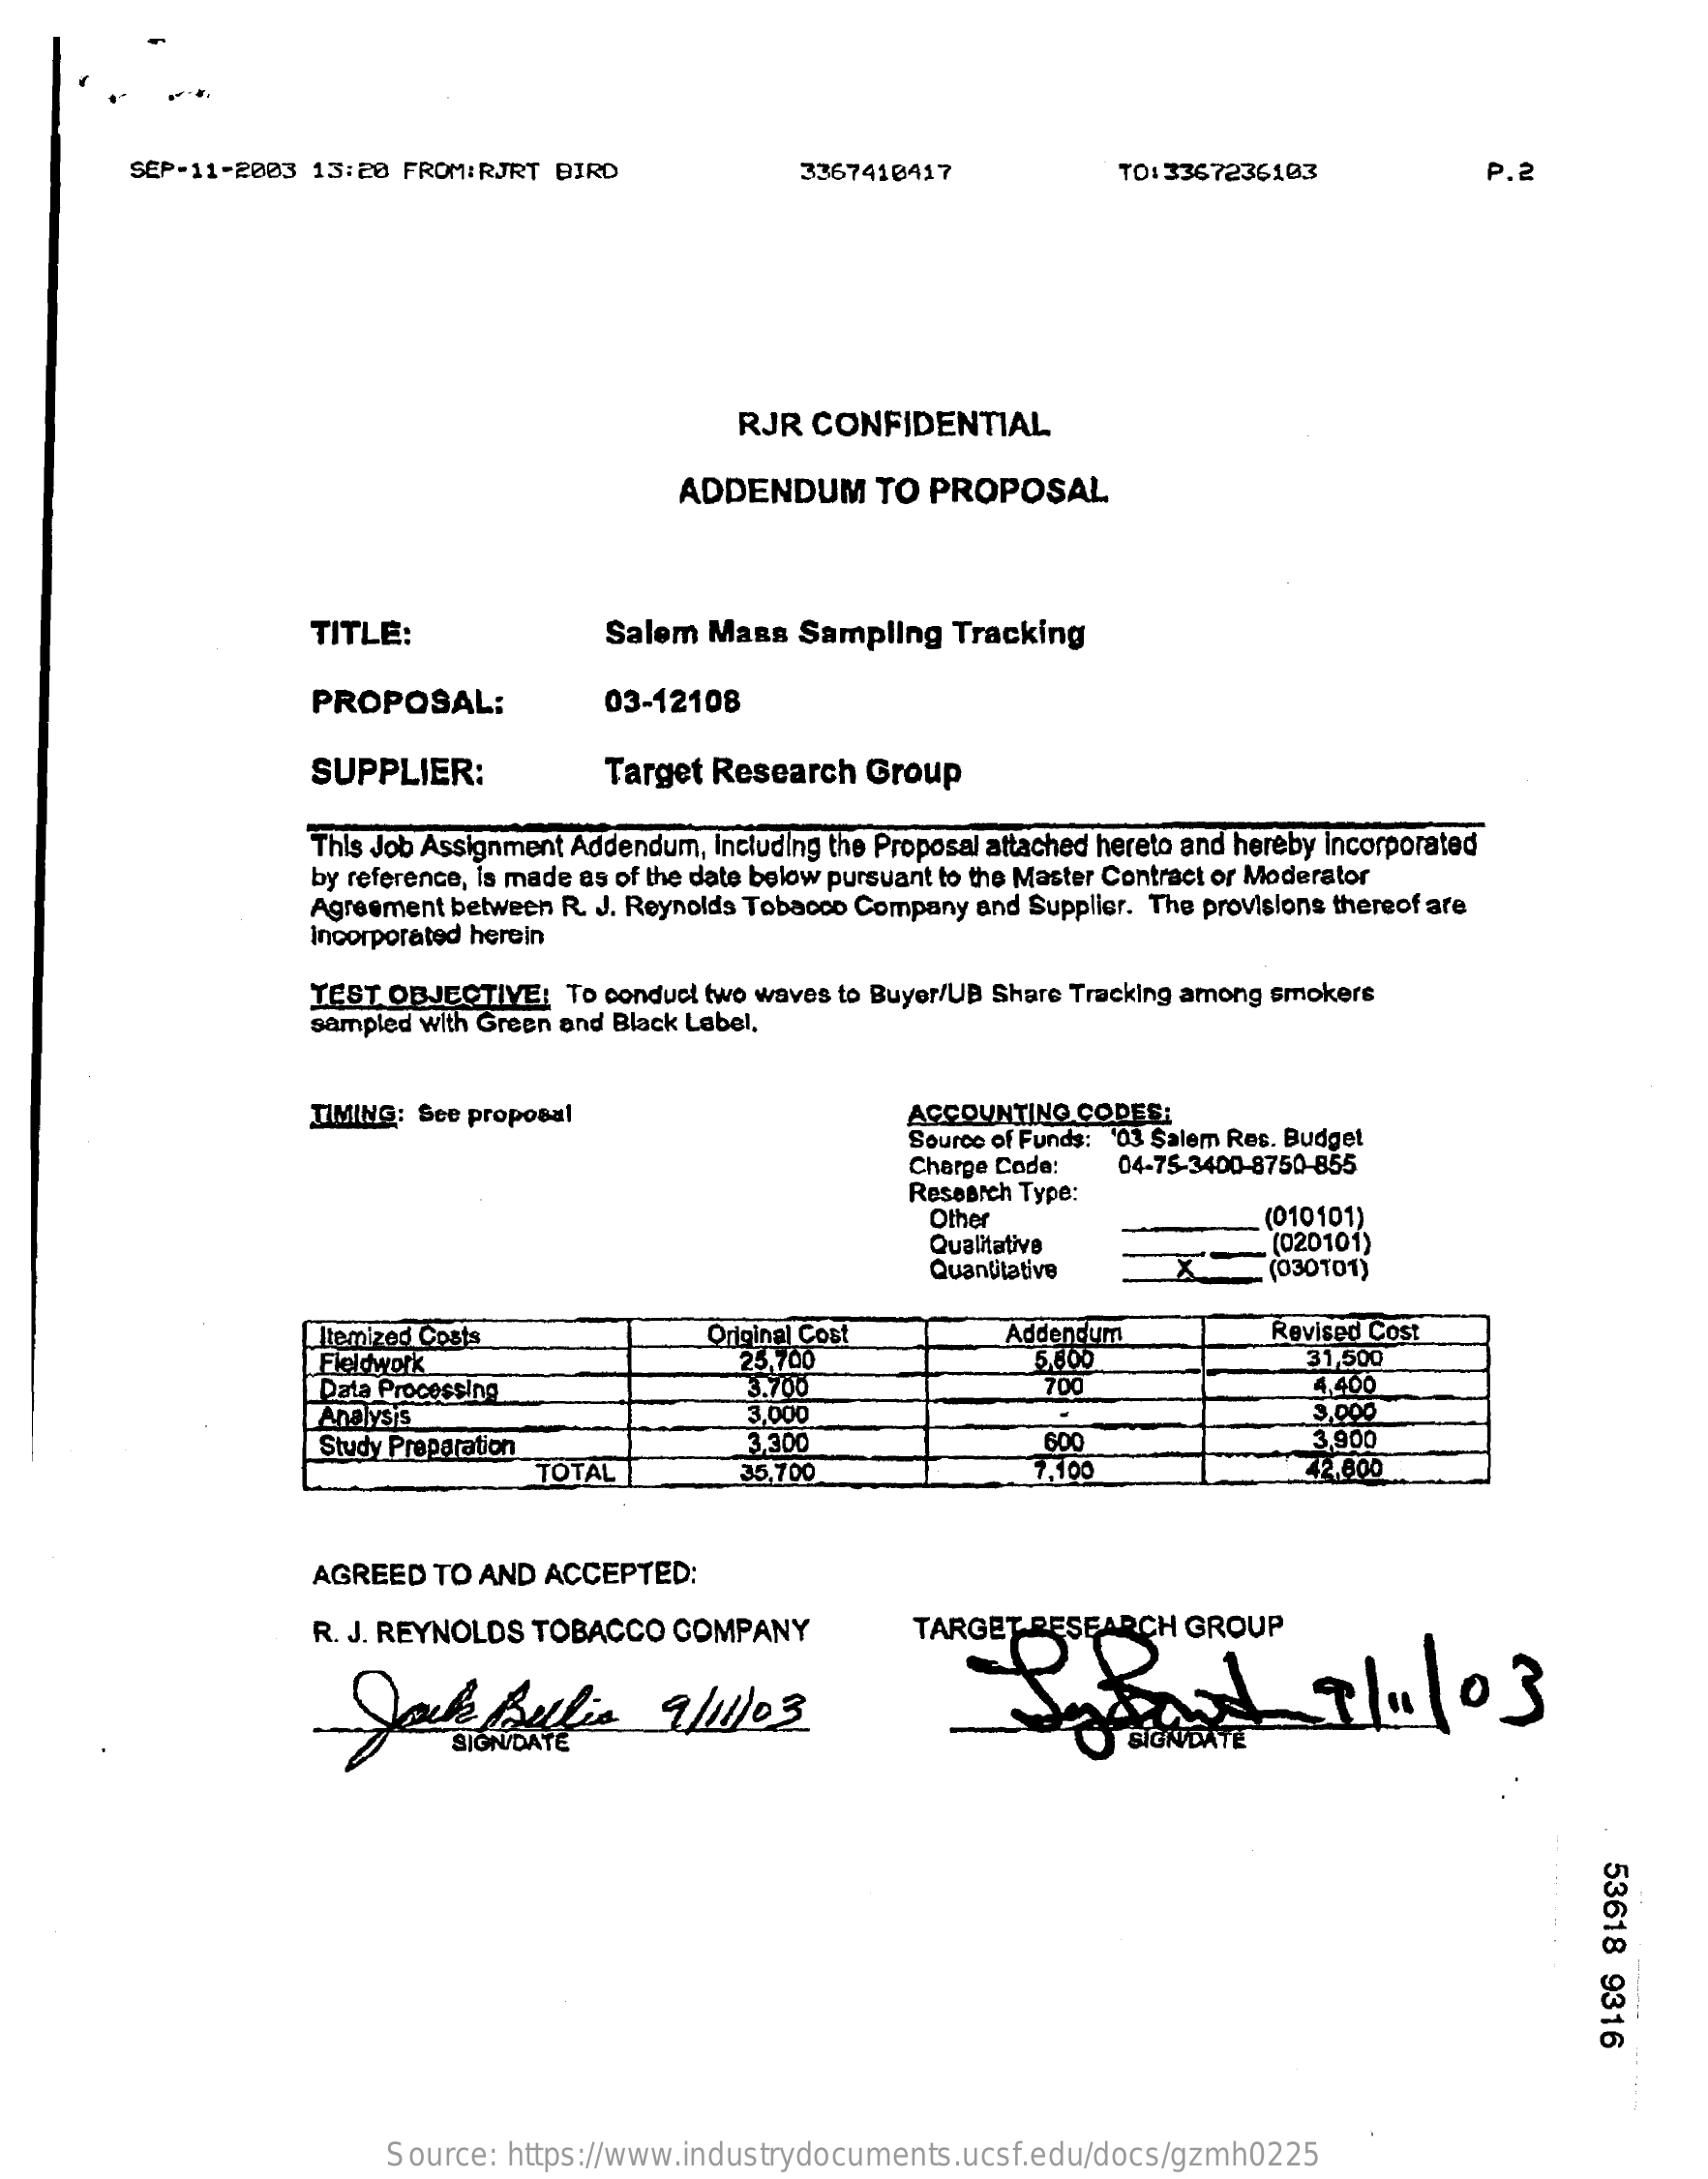
SEP-11-2003  13:20 FROM:RJRT  BIRD    3367410417    TO: 3367236103    2.2
     RJR  CONFIDENTIAL
     ADDENDUM    TO PROPOSAL
     TITLE:    Salem  Mass  Sampling   Tracking
     PROPOSAL:    03-12108
     SUPPLIER:    Target Research   Group
     This Job Assignment Addendum, Including the Proposal attached hereto and hereby incorporated
     by reference, is made as of the date below pursuant to the Master Contract or Moderator
     Agreement between R. J. Reynolds Tobacco Company and Supplier. The provisions thereof are
     Incorporated herein
     YEST OBJECTIVE:  To conduct two waves to Buyer/UB Share Tracking among smokers
     sampled with Green and Black Label,
     TIMING: Sce proposal    ACCOUNTING  CODES:
     Source of Funds: '03 Salem Res. Budget
     Charge Code:   04-75-3400-8750-855
     Research Type:
     Other
     Qualitative
     (010101)
     (020101)
     Quantitative    (030101)
     Itemized Costs    Original Cost
     25.700
     Addendum    Revised Cost
     Fieldwork    5.600    31,500
     Data Processing    3.700    700    4.400
     Analysis    3,000
     Study Preparation    600
     3.000
     TOTAL
     3.300
     35.700    7,10
     3,900
     42.800
     AGREED  TO AND  ACCEPTED:
     R. J. REYNOLDS TOBACCO   COMPANY    TARGET RESEARCH   GROUP
     Jock    Sulic    9/11/03    17    /    03
     53618
     9316
     Source:  https://www.industrydocuments.ucsf.edu/docs/gzmh0225